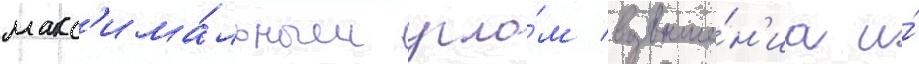
макс'има́льным угло́м возвыше́н'иа и́